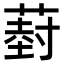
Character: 𮐦